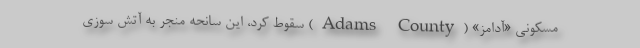
مسکونی «آدامز» (Adams County) سقوط کرد، این سانحه منجر به آتش سوزی